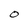
Character: O